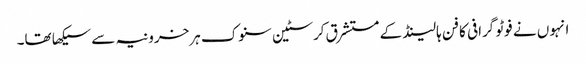
انہوں نے فوٹو گرافی کا فن ہالینڈ کے مستشرق کرسٹین سنوک ہرخرونیہ سے سیکھا تھا۔